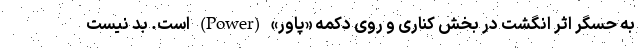
به حسگر اثر انگشت در بخش کناری و روی دکمه «پاور» (Power) است. بد نیست